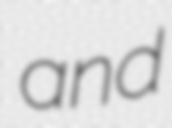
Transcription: and